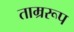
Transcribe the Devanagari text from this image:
ताम्ररूप